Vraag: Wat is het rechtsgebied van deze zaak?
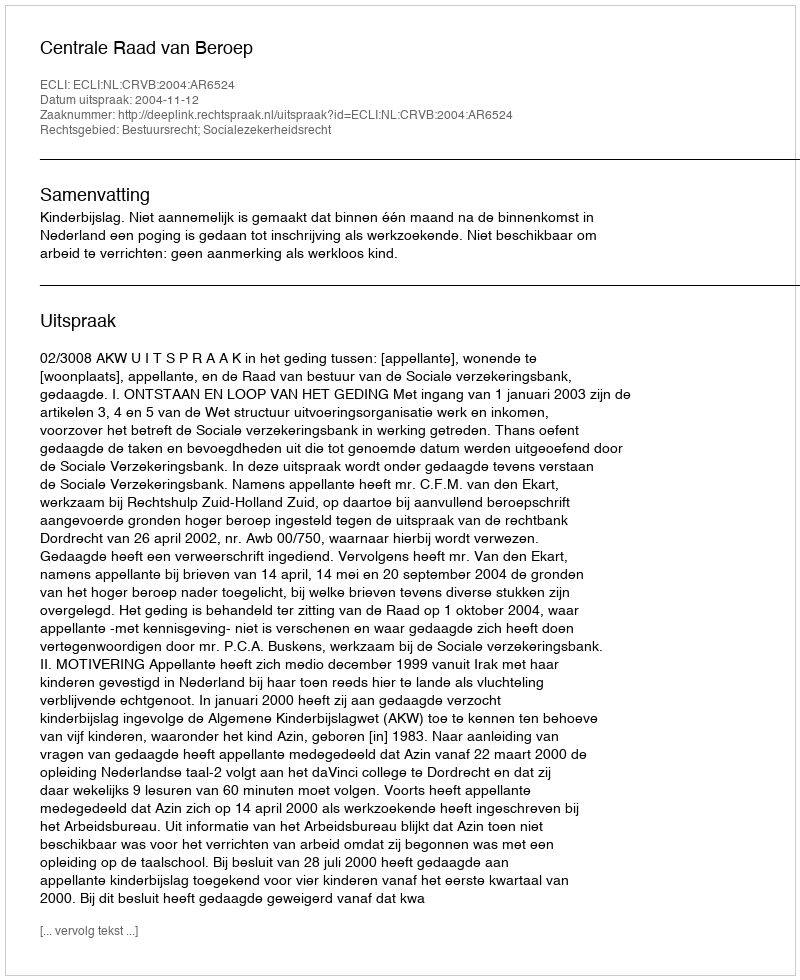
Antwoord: Bestuursrecht; Socialezekerheidsrecht